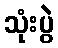
သုံးပွဲ